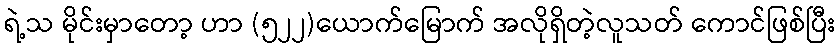
ရဲ့သ မိုင်းမှာတော့ ဟာ (၅၂၂)ယောက်မြောက် အလိုရှိတဲ့လူသတ် ကောင်ဖြစ်ပြီး